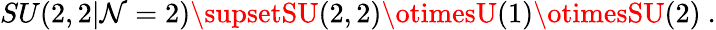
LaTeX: SU(2,2|\mathcal{N}=2)\supsetSU(2,2)\otimesU(1)\otimesSU(2)\ .